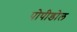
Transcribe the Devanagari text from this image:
पोपीडोल